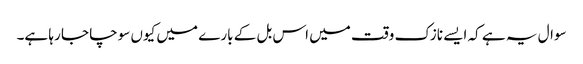
سوال یہ ہے کہ ایسے نازک وقت میں اس بل کے بارے میں کیوں سوچا جا رہا ہے۔